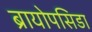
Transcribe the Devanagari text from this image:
ब्रायोपसिडा